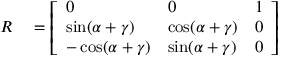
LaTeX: \begin{array} { r l } { R } & { { } = { \left[ \begin{array} { l l l } { 0 } & { 0 } & { 1 } \\ { \sin ( \alpha + \gamma ) } & { \cos ( \alpha + \gamma ) } & { 0 } \\ { - \cos ( \alpha + \gamma ) } & { \sin ( \alpha + \gamma ) } & { 0 } \end{array} \right] } } \end{array}